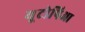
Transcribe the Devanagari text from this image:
यूटोपिआ